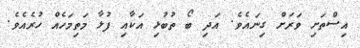
އިސްތަށި ވަރަށް ގިނައެވެ. އަދި ބޯ ތުބުޅި އަކާއި ފުޅާ މަތިމަހެއް ހުރެއެވެ.